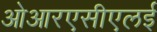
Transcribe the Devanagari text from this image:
ओआरएसीएलई